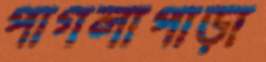
পাগলাপাড়া